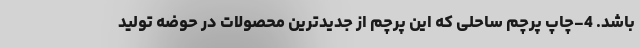
باشد. 4-چاپ پرچم ساحلی که این پرچم از جدیدترین محصولات در حوضه تولید